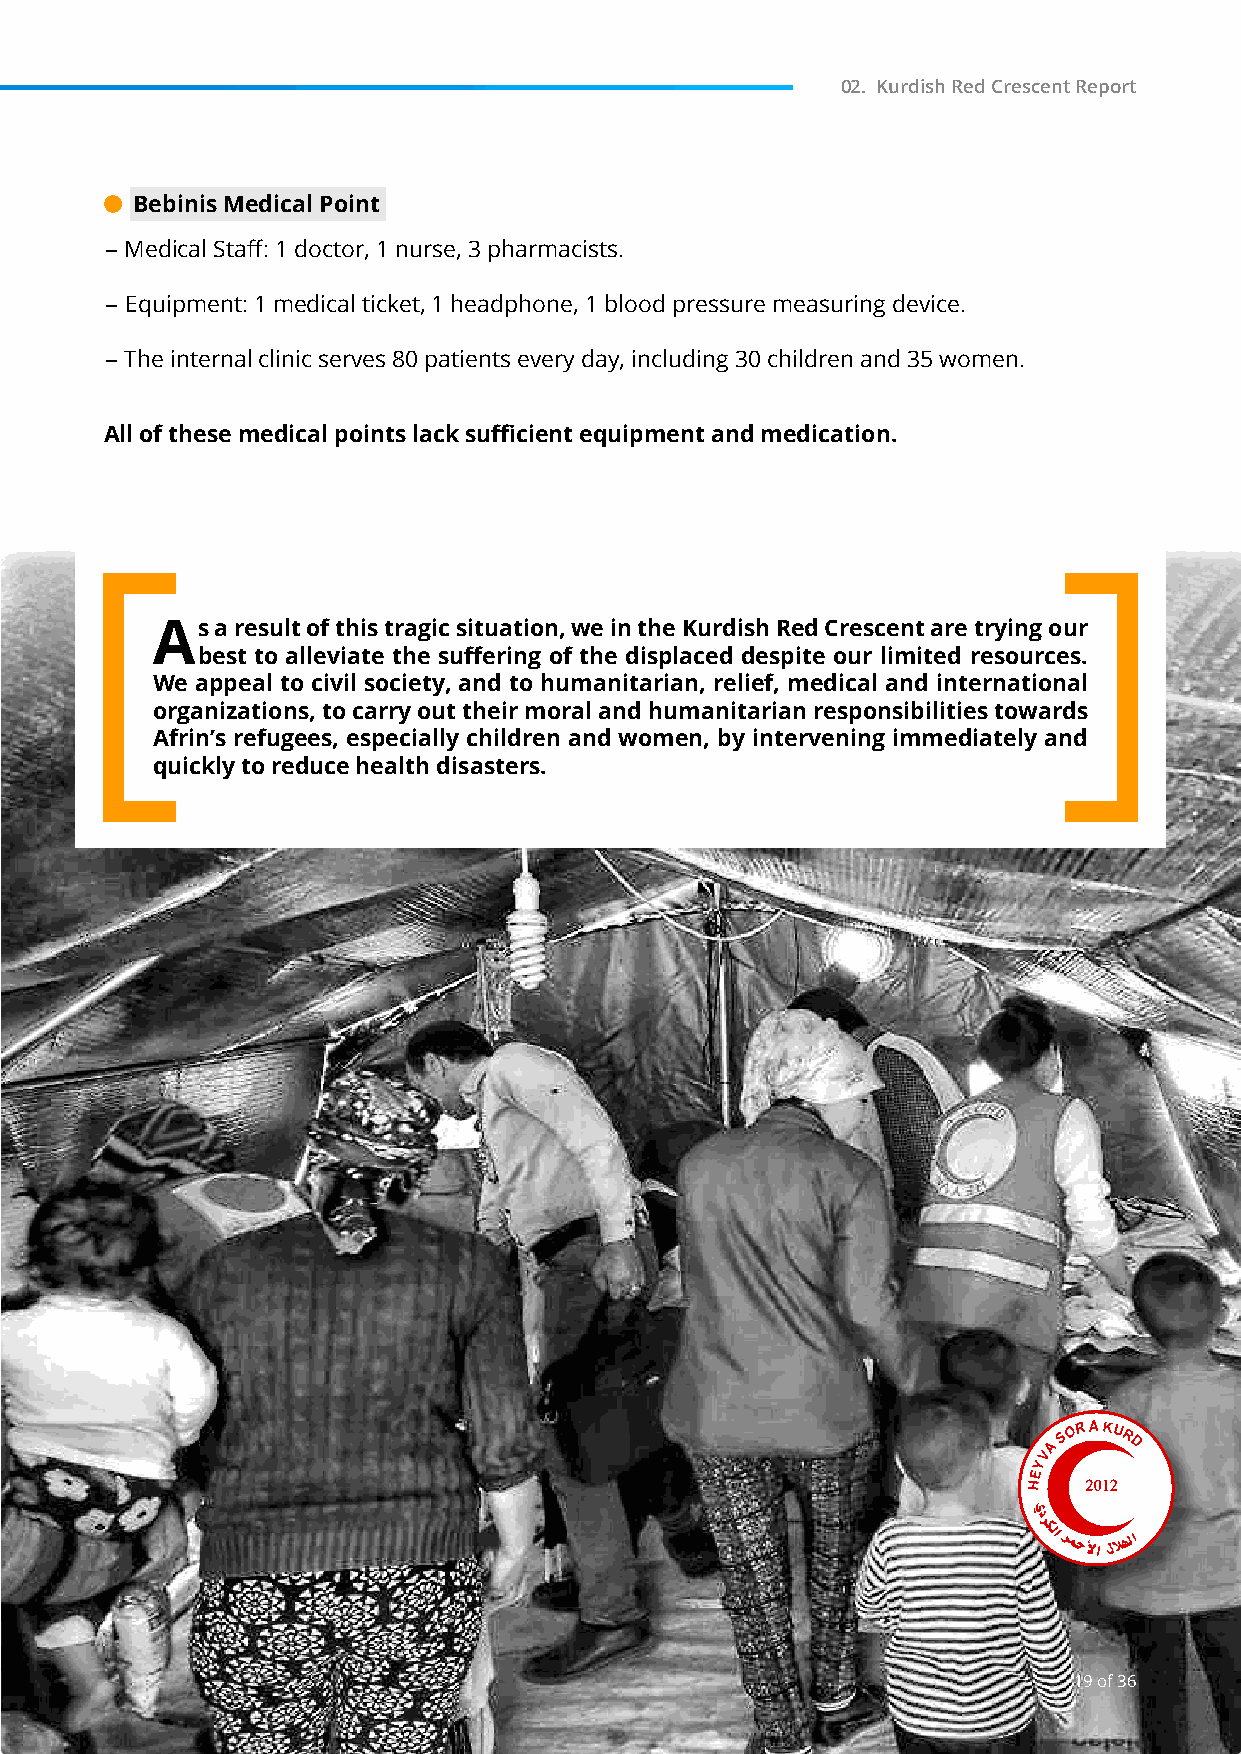
02. Kurdish Red Crescent Report
 Bebinis Medical Point
 - Medical Staff: 1 doctor, 1 nurse, 3 pharmacists.
 - Equipment: 1 medical ticket, 1 headphone, 1 blood pressure measuring device.
 - The internal clinic serves 80 patients every day, including 30 children and 35 women.
 All of these medical points lack sufficient equipment and medication.
 As  a result of this tragic situation, we in the Kurdish Red Crescent are trying our
 best to alleviate the suffering of the displaced despite our limited resources.
 We appeal to civil society, and to humanitarian, relief, medical and international
 organizations, to carry out their moral and humanitarian responsibilities towards
 Afrin’s refugees, especially children and women, by intervening immediately and
 quickly to reduce health disasters.
 19 of 36